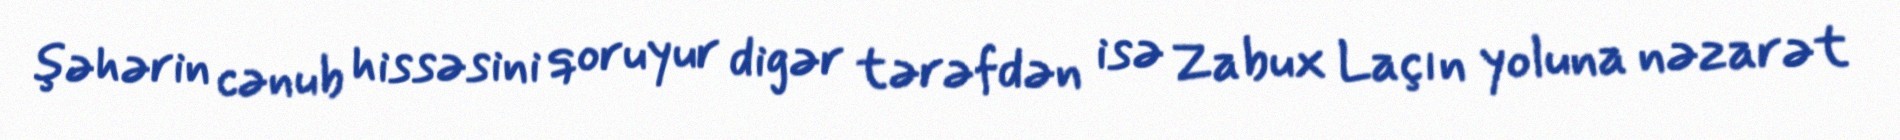
şəhərin cənub hissəsini qoruyur digər tərəfdən isə Zabux Laçın yoluna nəzarət